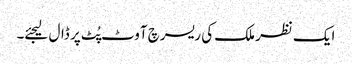
ایک نظر ملک کی ریسرچ آوٹ پُٹ پر ڈال لیجئے۔